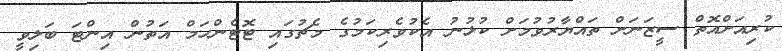
ކުރިއަށްއޮތް ސީޒަނަށް ތައްޔާރުވުމަށް ކުޅުނު އެކުވެރިކަމުގެ މެޗުގައި ޓޮޓެންހަމް އަތުން އިންޓަ ބަލިވީ